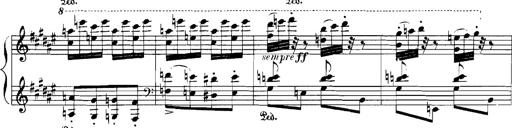
Title: Rhapsodies hongroises
Composer: Franz Liszt